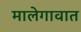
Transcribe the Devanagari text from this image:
मालेगावात